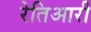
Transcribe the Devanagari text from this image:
रेतिआरी